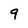
Character: 9